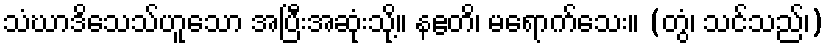
သံဃာဒိသေသ်ဟူသော အပြီးအဆုံးသို့။ နဧတိ၊ မရောက်သေး။ (တွံ၊ သင်သည်၊)